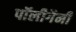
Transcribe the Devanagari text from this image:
पॉलीगैमी